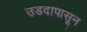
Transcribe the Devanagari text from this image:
उडदापासून